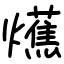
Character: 爑